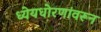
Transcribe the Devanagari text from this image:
ध्येयधोरणांवरून